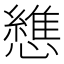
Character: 𢣘